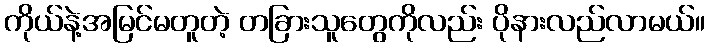
ကိုယ်နဲ့အမြင်မတူတဲ့ တခြားသူတွေကိုလည်း ပိုနားလည်လာမယ်။